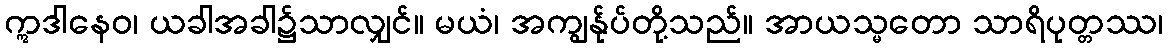
ဣဒါနေဝ၊ ယခါအခါ၌သာလျှင်။ မယံ၊ အကျွန်ုပ်တို့သည်။ အာယသ္မတော သာရိပုတ္တဿ၊